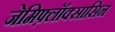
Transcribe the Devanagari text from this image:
जेमिफ़्लॉक्सासिन